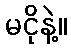
မငိုနဲ့။